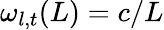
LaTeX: \omega_{l,t}(L)=c/L